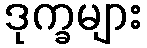
ဒုက္ခများ